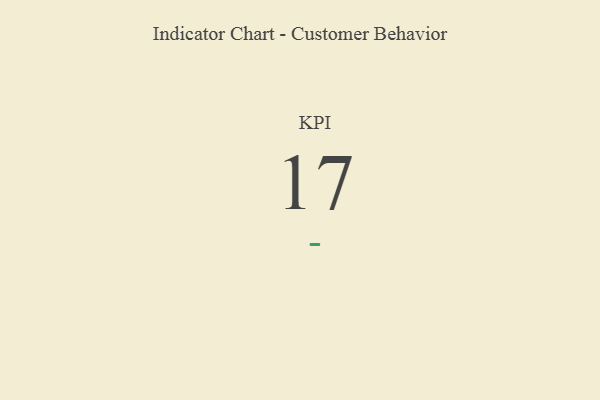
{"axis": {"x": "KPI", "y": "Value"}, "legend": [""], "data": [{"x": "KPI", "y": 17, "type": ""}]}